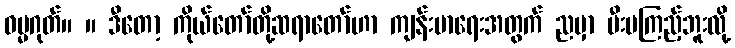
ဓမ္မဂုတ်။ ။ ဒီတော့ ကိုယ်တော်တို့ဆရာတော်ဟာ ကျန်းမာရေးအတွက် ညမှာ မီးမကြည့်ဘူးလို့